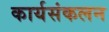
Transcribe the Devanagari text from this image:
कार्यसंकलन